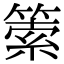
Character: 𥰼